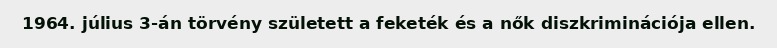
1964. július 3-án törvény született a feketék és a nők diszkriminációja ellen.